FBI September 2023 Sighting - Serial 3
Agency: FBI
Incident date: 9/1/23
Incident location: United States
Page 1
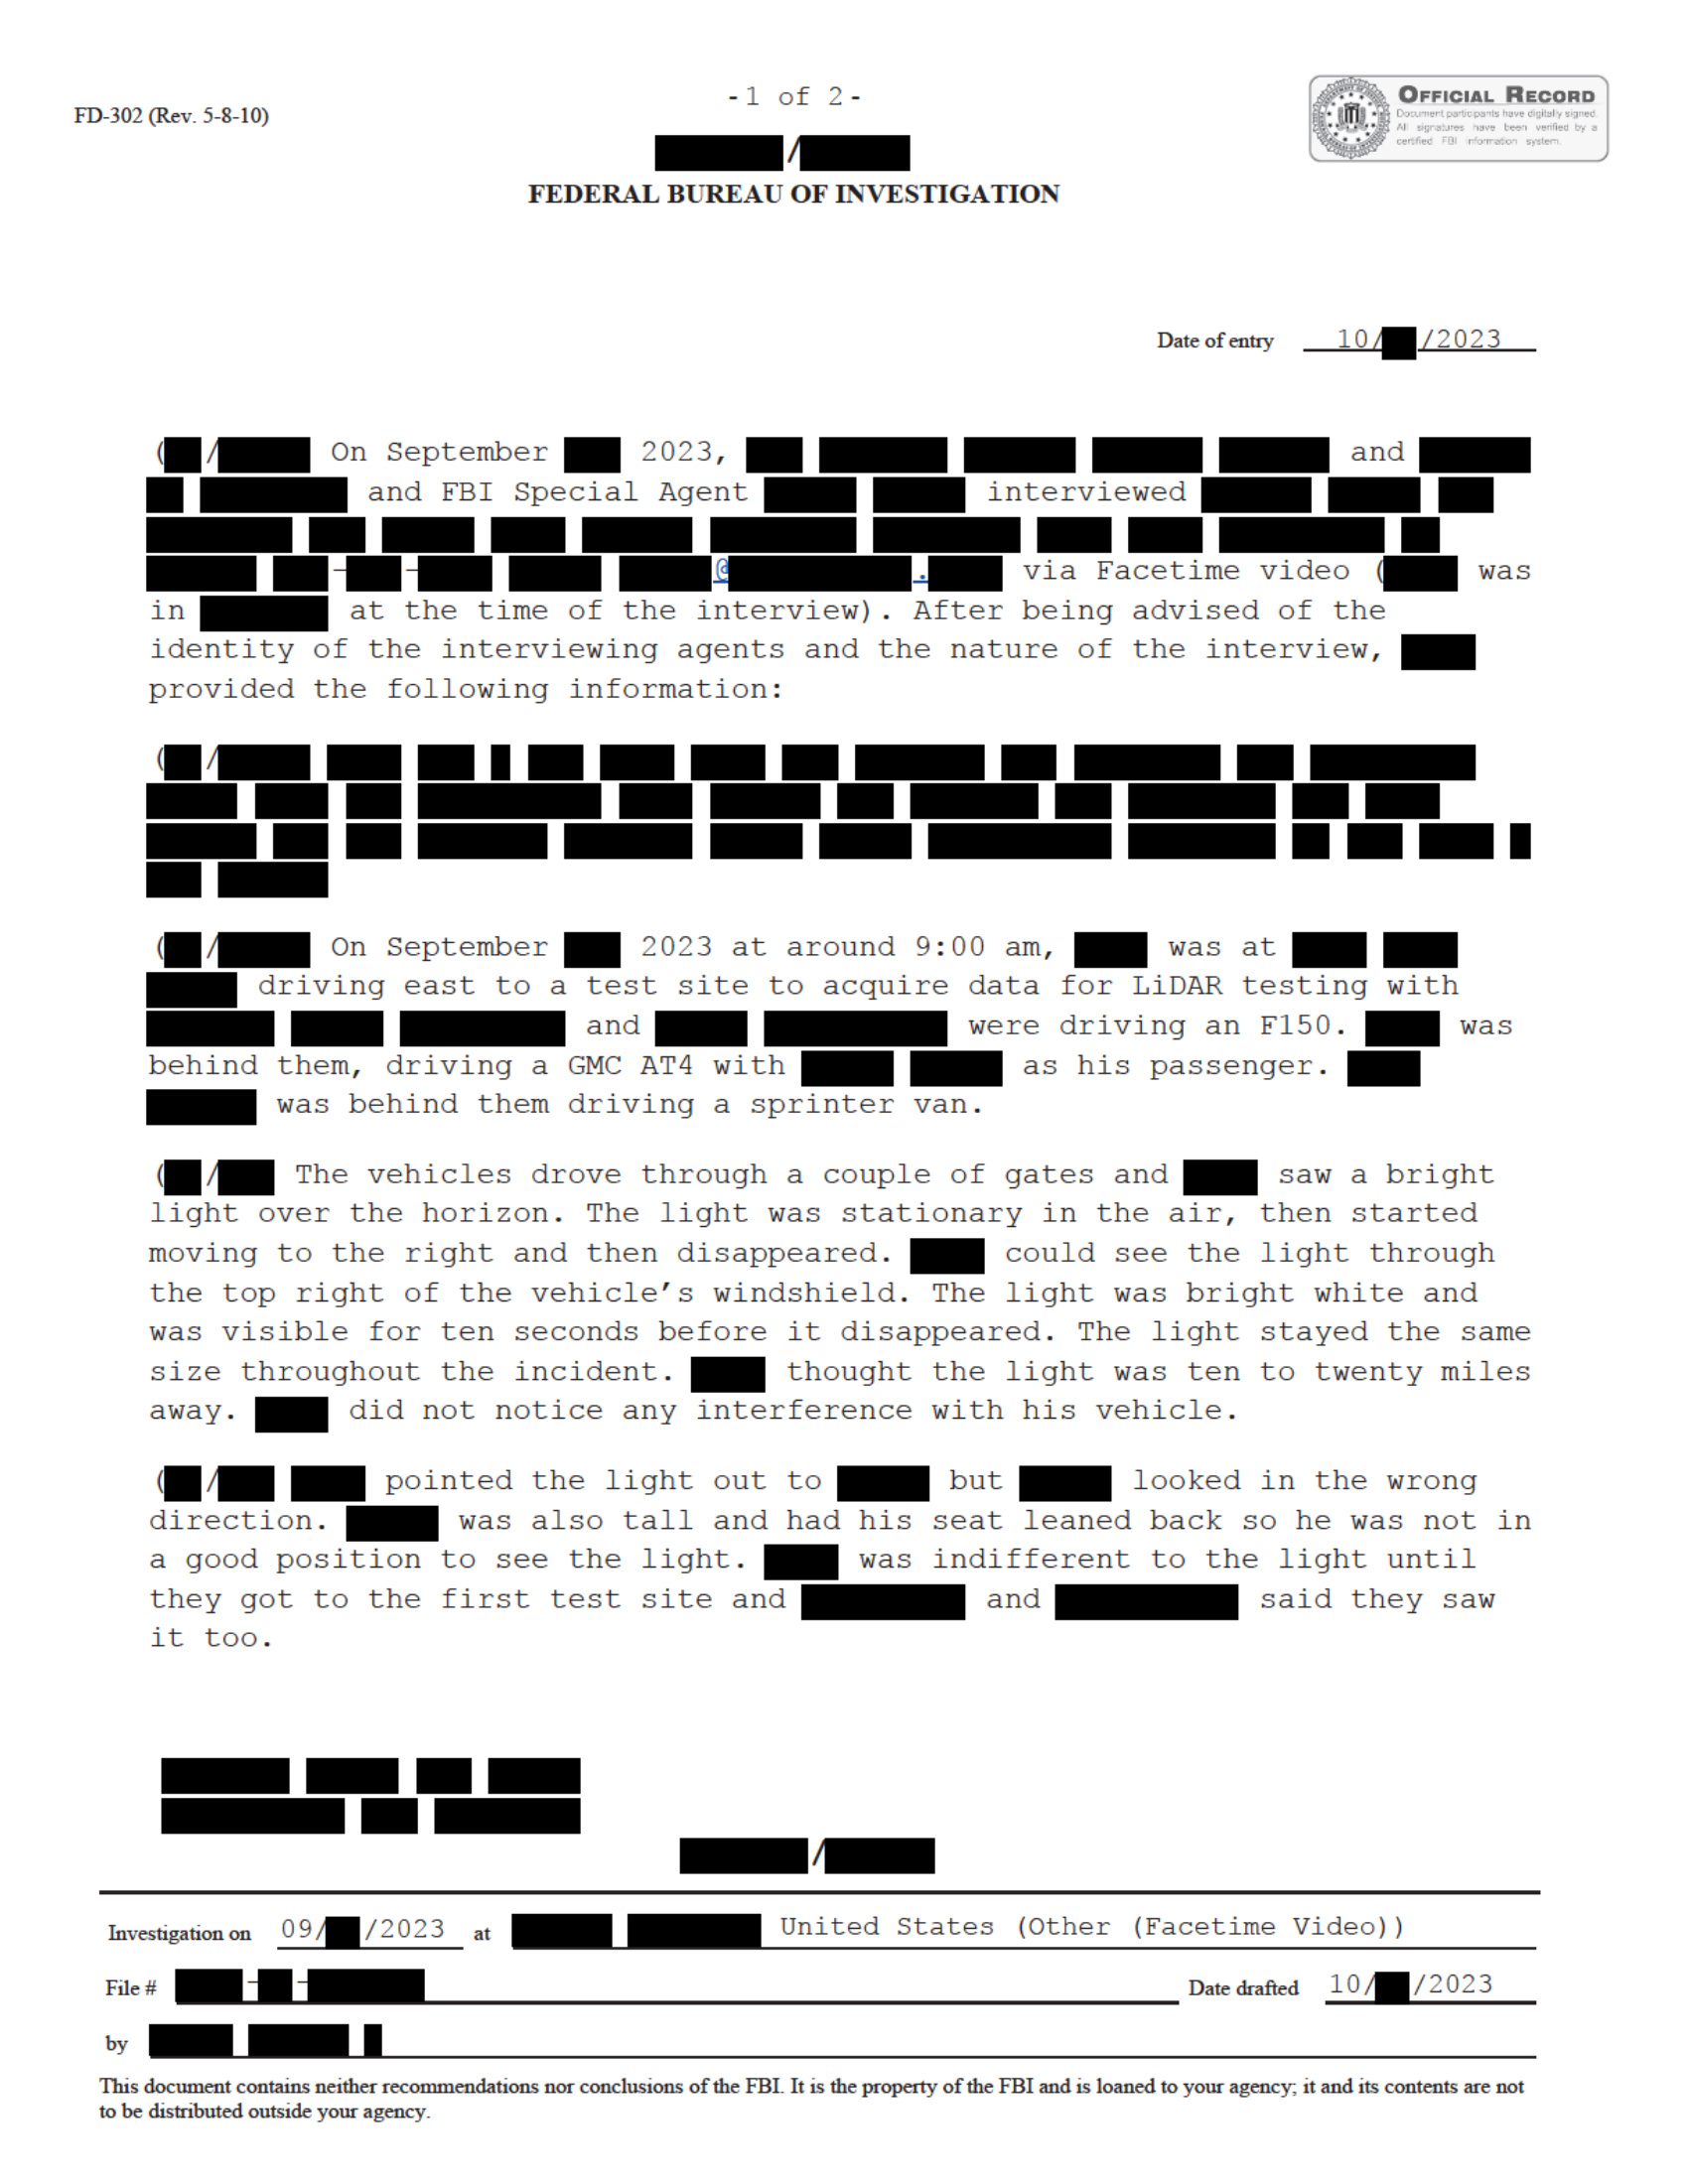